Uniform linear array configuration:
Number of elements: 64
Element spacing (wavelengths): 0.5
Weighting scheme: binomial
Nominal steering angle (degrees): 60
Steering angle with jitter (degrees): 59.315
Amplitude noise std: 0.05
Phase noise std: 0.05

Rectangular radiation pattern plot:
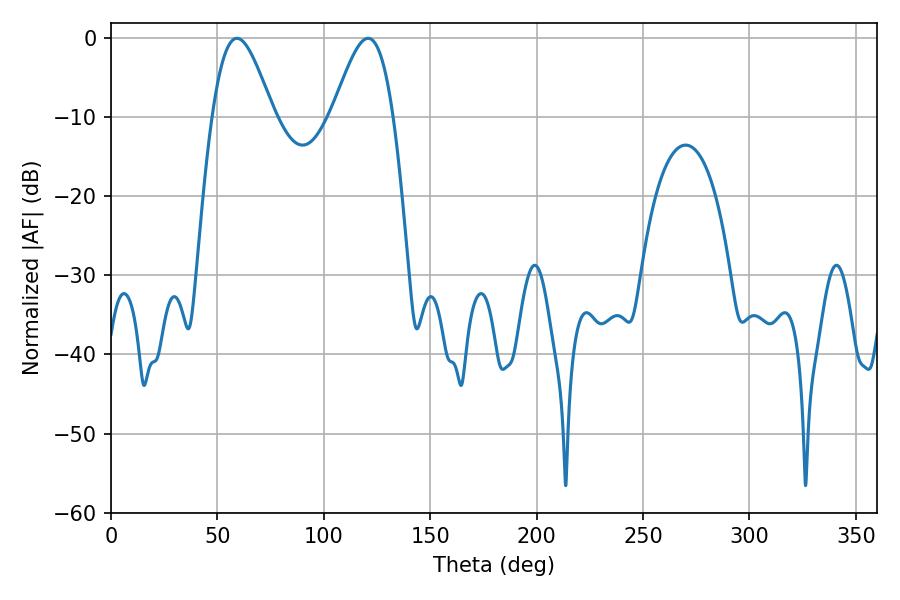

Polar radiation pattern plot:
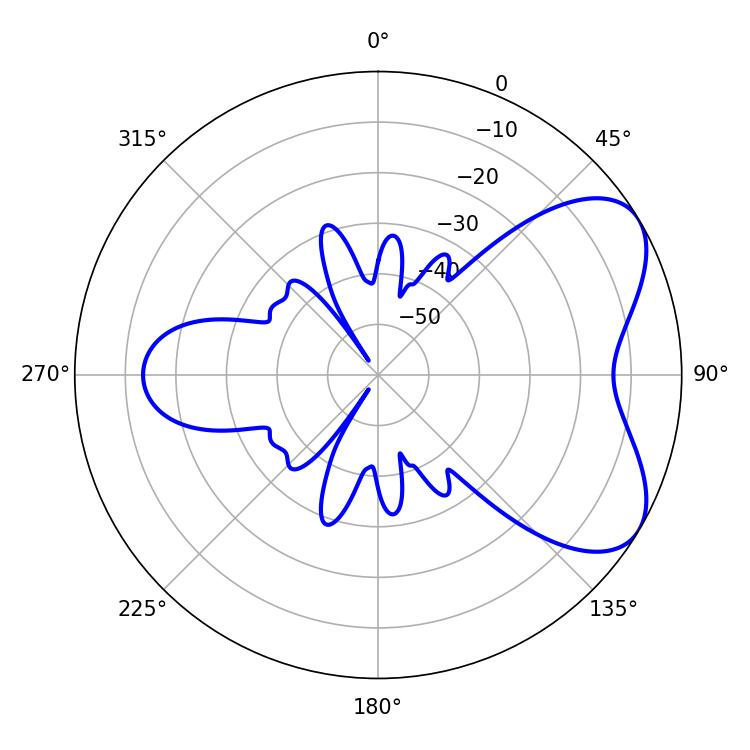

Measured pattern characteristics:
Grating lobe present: FALSE
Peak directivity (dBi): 5.919
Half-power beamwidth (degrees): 15.3
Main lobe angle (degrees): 120.78